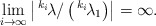
\begin{align*}\lim\limits_{i\to\infty} \left| \,^{k_i}\!\lambda/\left( \,^{k_i}\!\lambda_1\right)\right|=\infty.\end{align*}